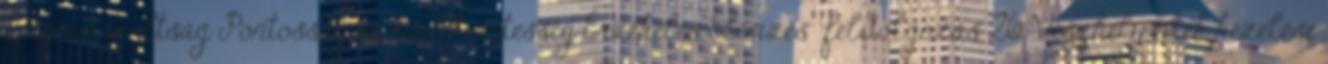
automatizáltság Pontosság és következetesség Érzékelés Elemzés feldolgozás 26 Vészhelyzetek kezelése